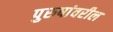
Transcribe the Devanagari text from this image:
पुरुषांवरील